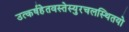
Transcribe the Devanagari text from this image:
उत्कर्षहेतवस्तेस्युरचलस्थितयो